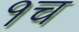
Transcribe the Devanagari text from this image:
१च